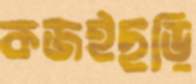
কজইছড়ি